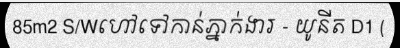
85m2 S/Wហៅទៅកាន់ភ្នាក់ងារ - យូនីត D1 (